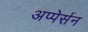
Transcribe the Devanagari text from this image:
अप्पेर्सन